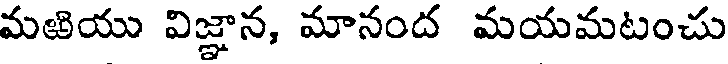
మఱియు విజ్ఞాన, మానంద మయమటంచు